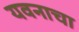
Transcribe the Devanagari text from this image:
यवनाचा